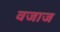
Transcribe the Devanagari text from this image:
वजाज